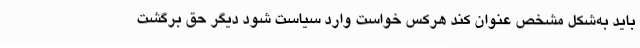
باید به‌شکل مشخص عنوان کند هرکس خواست وارد سیاست شود دیگر حق برگشت